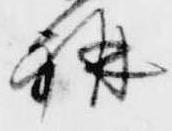
講